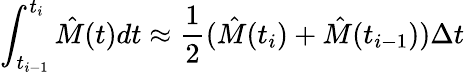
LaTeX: \int_{t_{i-1}}^{t_{i}}\hat{M}(t)dt\approx\frac{1}{2}(\hat{M}(t_{i})+\hat{M}(t_{i-1}))\Delta t